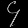
Digit: ၄